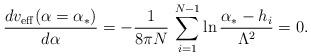
LaTeX: \begin{align*}{dv_{\rm eff}(\alpha =\alpha_{*})\over d\alpha} =-{1\over 8\pi N}\, \sum_{i=1}^{N-1} \ln {\alpha_{*} - h_{i}\over\Lambda^{2}} =0.\end{align*}